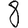
Digit: 8